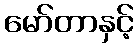
မော်တာနှင့်